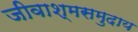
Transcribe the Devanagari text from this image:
जीवाश्मसमुदाय